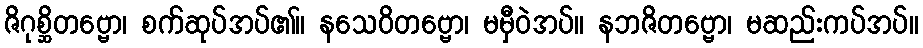
ဇိဂုစ္ဆိတဗ္ဗော၊ စက်ဆုပ်အပ်၏။ နသေဝိတဗ္ဗော၊ မမှီဝဲအပ်။ နဘဇိတဗ္ဗော၊ မဆည်းကပ်အပ်။